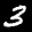
Label: 3